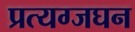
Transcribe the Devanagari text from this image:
प्रत्यग्जघन